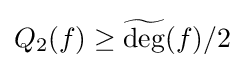
Q_{2}(f)\geq {\widetilde {\deg }}(f)/2